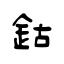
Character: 鈷